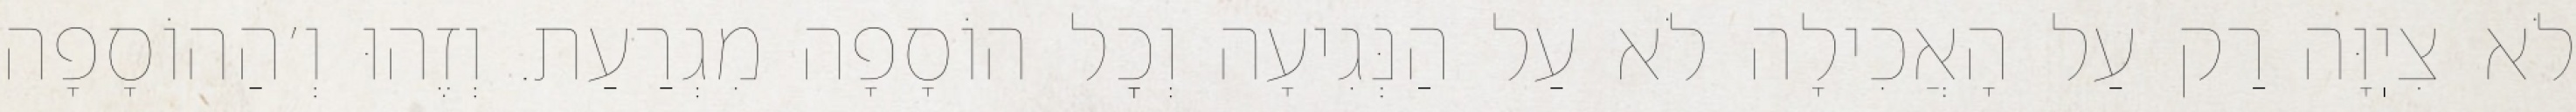
לֹא צִיֽוָּה רַק עַל הָאֲכִילָה לֹא עַל הַנְּגִיעָה וְכׇל הוֹסָפָה מִגְרַעַת. וְזֶהוּ וְ׳הַהוֹסָפָה